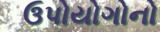
ઉપોયોગોનો